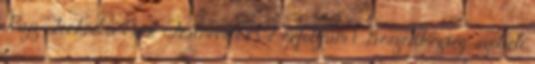
Rajz Technika Ének Testnevelés 1-2. évfolyam 1. Beszédkézség, szóbeli